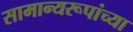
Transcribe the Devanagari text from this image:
सामान्यरूपांच्या